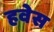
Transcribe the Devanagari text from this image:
हवेस